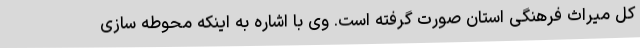
کل میراث فرهنگی استان صورت گرفته است. وی با اشاره به اینکه محوطه سازی